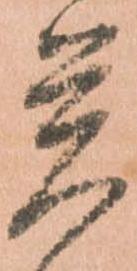
覚